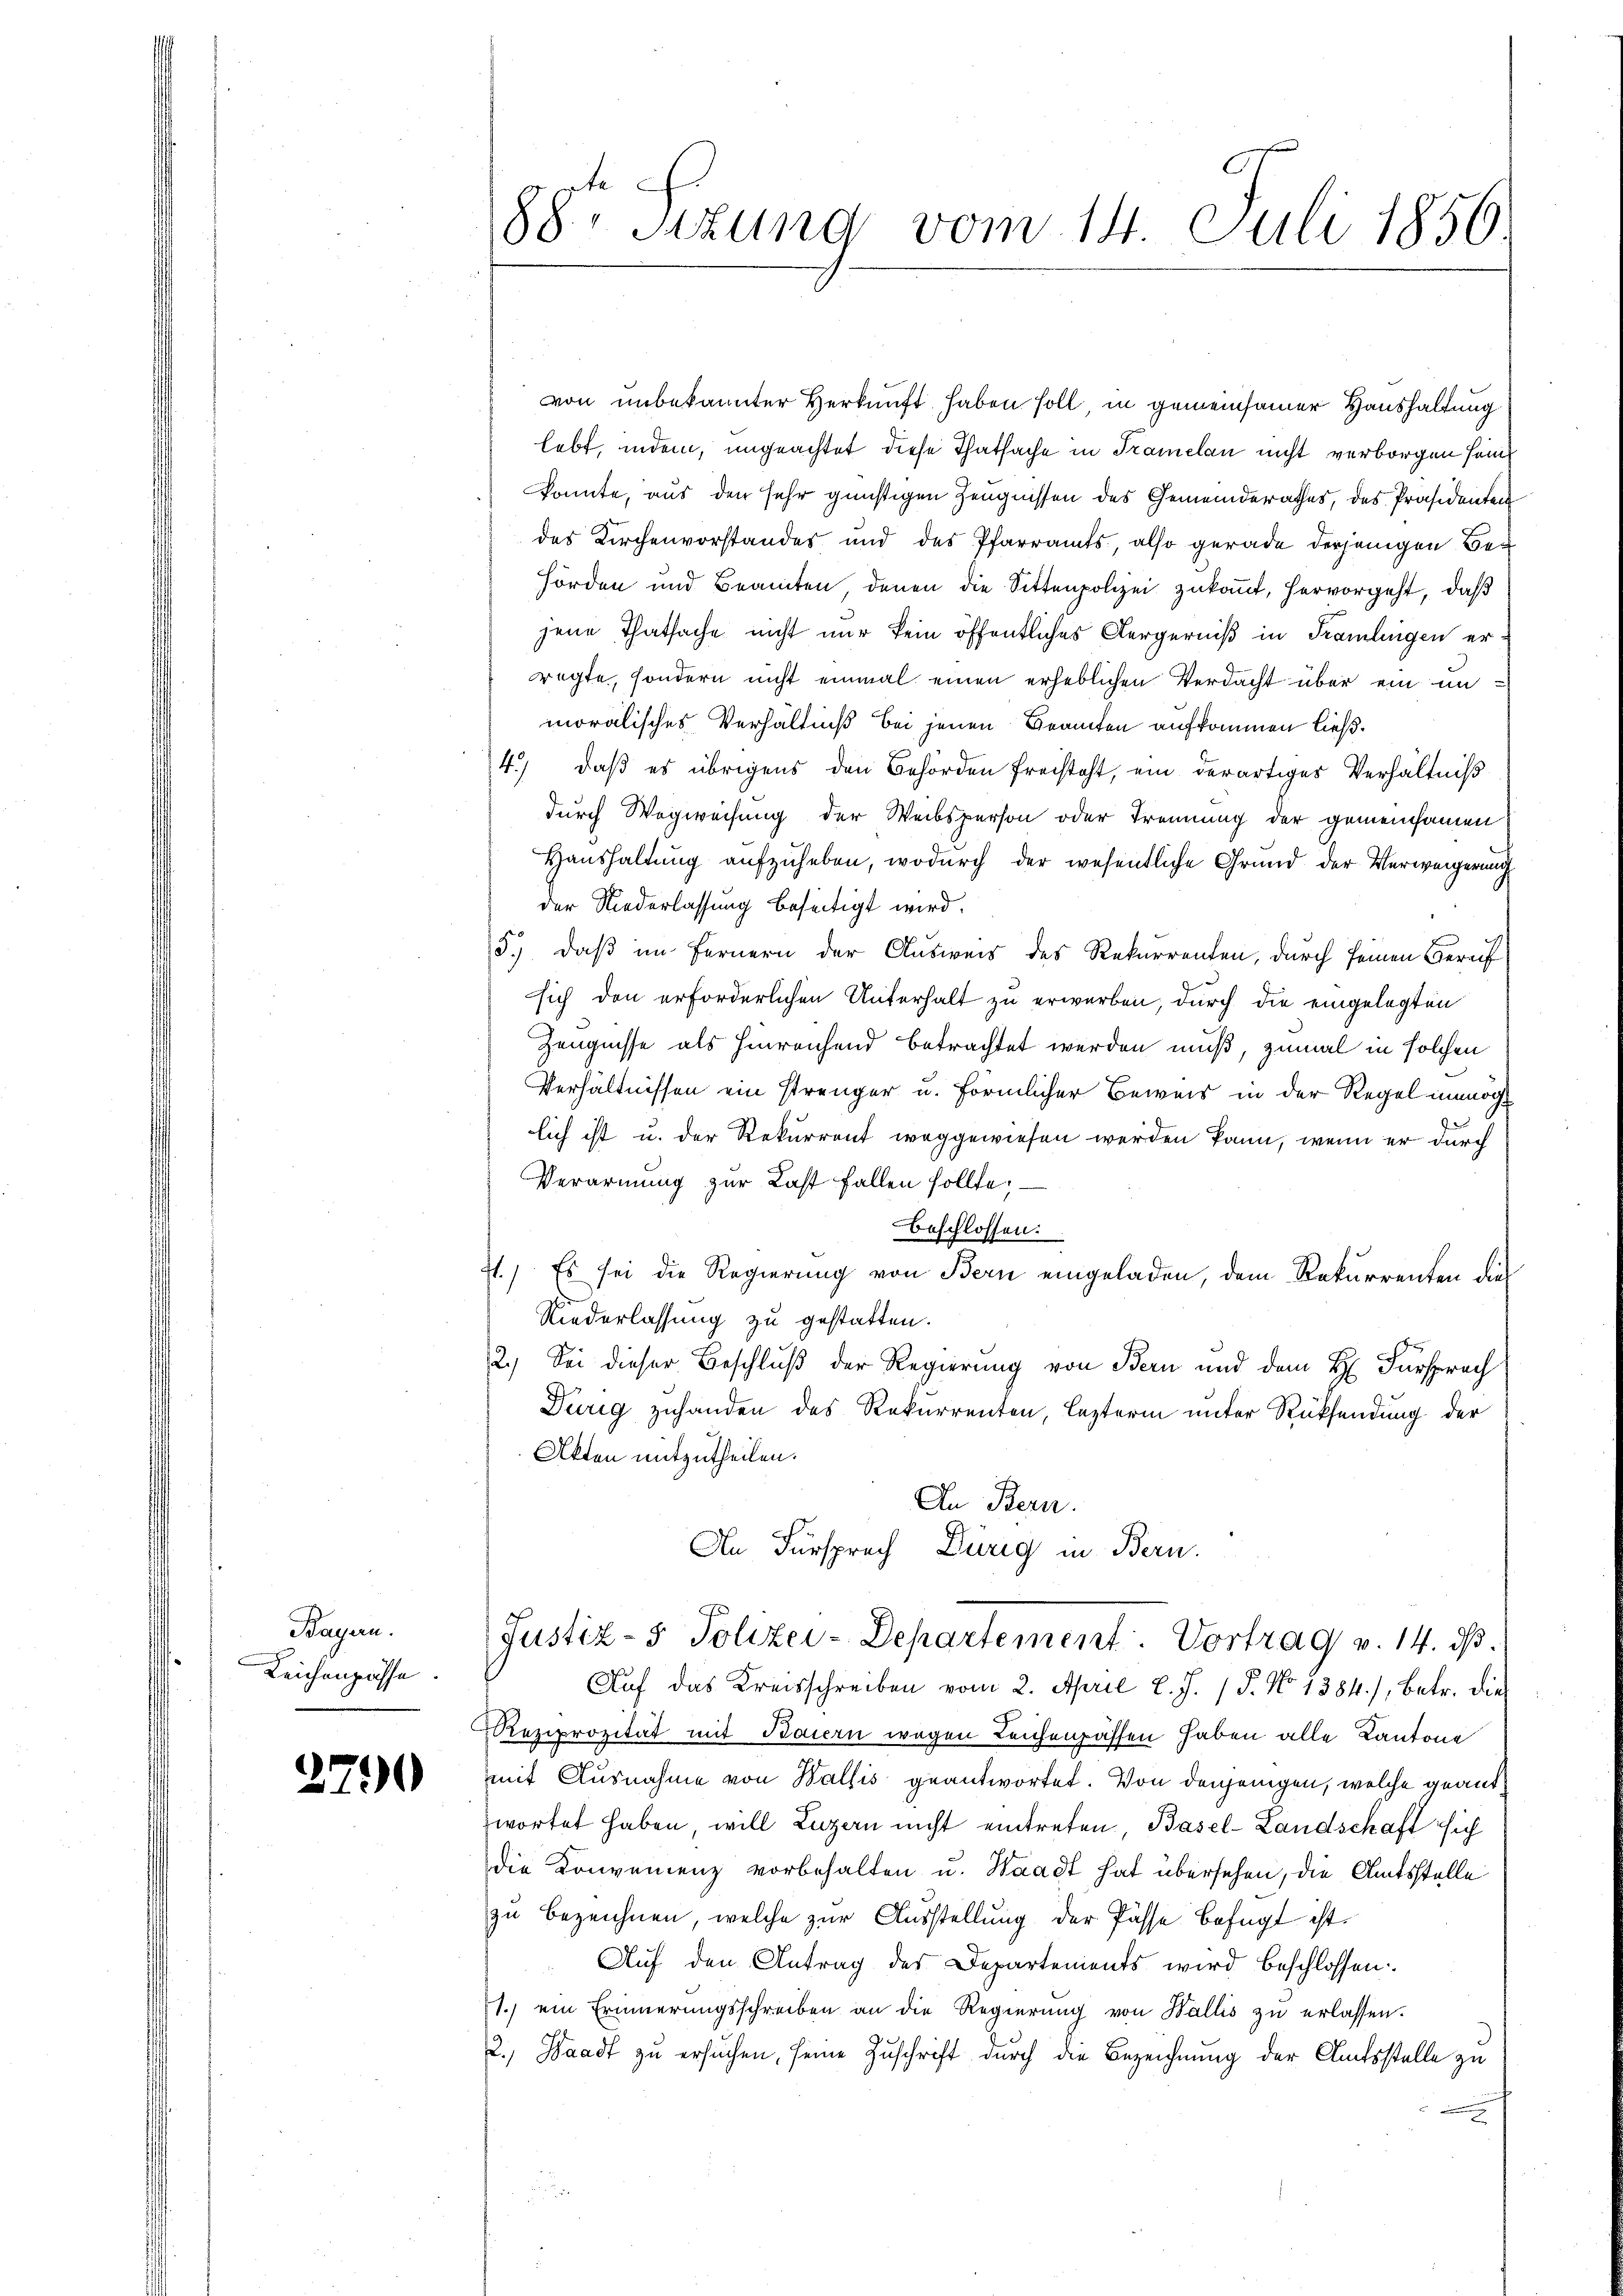
Bagan.
Leichenpasse

2790

88. Sitzung vom 14. Juli 1856

von unbekannter Herkunft haben soll in gemeinsamer Haushaltung
lebt, indem, ungeachtet diese Thatsache in Tramelan nicht verborgen sein
konnte, aus den sehr günstigen Zeugnissen des Gemeinderathes, des Präsidenten
des Kirchenvorstandes und des Pfarramts, also gerade derjenigen Behörden und Beamten denen die Sittenpolizei zukauf, hervorgeht, daß
jene Thatsache nicht nur kein öffentliches Aergerniß in Tramlingen erregte, sondern nicht einmal einen erheblichen Verdacht über ein inmoralisches Verhältniß bei jenen Beamten aufkommen ließ.
4.) daß es übrigens den Behörden freisteht, ein derartiges Verhältniß
durch Wegweisung der Weibsperson oder Trennung der gemeinsamen
Haushaltung aufzuheben, wodurch der wesentliche Grund der Verweigerung
der Niederlassung beseitigt wird.
5.) Daß im Fernern der Ausweis des Rekurrenten, durch seinen Bereit
sich den erforderlichen Unterhalt zu erwerben, durch die eingelegten
Zeugnisse als hinreichend betrachtet werden muß, zumal in solchen
Verhältnissen ein strenger u. förmlicher Beweis in der Regel innochlich ist u. der Rekurrent weggewiesen werden kann, wenn er durch
Verarmung zur Last fallen sollte.
Beschlossen:
71.) Es sei die Regierung von Bern eingeladen, dem Rekurrenten dies
Niederlassung zu gestatten.
2.) Sei dieser Beschluß der Regierung von Bern und dem H. Fürsprech
Durig zuhanden des Rekurrenten, lezterm unter Rücksendung der
Akten mitzutheilen.
An Bern.
An Fürsprach Durig in Bern.
Justiz- & Polizei-Departement. Vortrag v. 14. dβ.
Aŭf das Kreisschreiben vom 2. April l. J. / 5. No 1384), betr. die
Reziprozität mit Baiern wegen Leichenpassen haben alle Kantone
mit Ausnahme von Wallis geantwortet. Von denjenigen, welche geant
zwortet haben, will Luzern nicht eintreten, Basel-Landschaft sich
die Konvenienz vorbehalten u. Waadt hat übersehen, die Amtsstelle
zu bezeichnen, welche zur Ausstellung der Pässe befugt ist.
Auf den Antrag des Departements wird beschlossen
1.) ein Erinnerungsschreiben an die Regierung von Wallis zu erlassen.
2.) Waadt zu ersuchen, seine Zuschrift durch die Bezeichnung der Amtsstelle zu